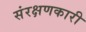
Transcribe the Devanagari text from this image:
संरक्षणकारी